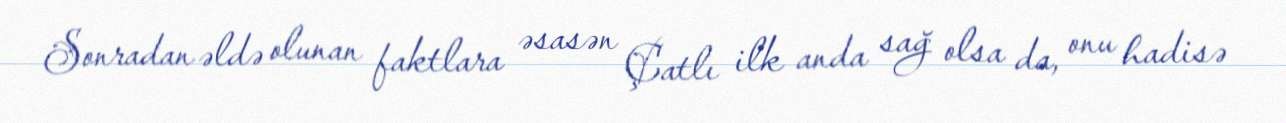
Sonradan əldə olunan faktlara əsasən Çatlı ilk anda sağ olsa da, onu hadisə